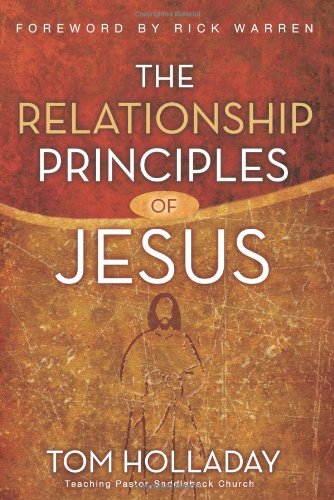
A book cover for The Relationship Principles of Jesus; Tom Holladay; Christian Books & Bibles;